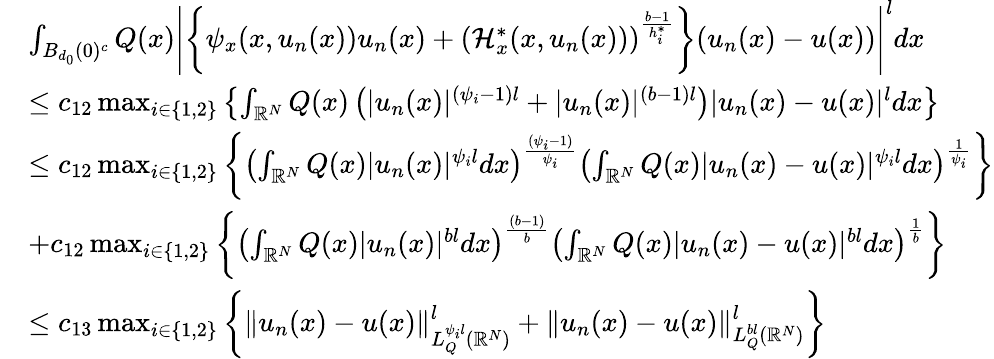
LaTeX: \begin{array}{rl}&{\int_{B_{d_{0}}(0)^{c}}Q(x)\left|\left\lbrace\psi_{x}(x,u_{n}(x))u_{n}(x)+(\mathcal{H}_{x}^{*}(x,u_{n}(x)))^{\frac{b-1}{h_{i}^{*}}}\right\rbrace(u_{n}(x)-u(x))\right|^{l}dx}\\ &{\leq c_{12}\operatorname*{max}_{i\in\{ 1,2\} }\left\lbrace\int_{{\mathbb R}^{N}}Q(x)\left(|u_{n}(x)|^{(\psi_{i}-1)l}+|u_{n}(x)|^{(b-1)l}\right)|u_{n}(x)-u(x)|^{l}dx\right\rbrace}\\ &{\leq c_{12}\operatorname*{max}_{i\in\{ 1,2\} }\left\lbrace\left(\int_{{\mathbb R}^{N}}Q(x)|u_{n}(x)|^{\psi_{i}l}dx\right)^{\frac{(\psi_{i}-1)}{\psi_{i}}}\left(\int_{{\mathbb R}^{N}}Q(x)|u_{n}(x)-u(x)|^{\psi_{i}l}dx\right)^{\frac{1}{\psi_{i}}}\right\rbrace}\\ &{+c_{12}\operatorname*{max}_{i\in\{ 1,2\} }\left\lbrace\left(\int_{{\mathbb R}^{N}}Q(x)|u_{n}(x)|^{bl}dx\right)^{\frac{(b-1)}{b}}\left(\int_{{\mathbb R}^{N}}Q(x)|u_{n}(x)-u(x)|^{bl}dx\right)^{\frac{1}{b}}\right\rbrace}\\ &{\leq c_{13}\operatorname*{max}_{i\in\{ 1,2\} }\left\lbrace\| u_{n}(x)-u(x)\| _{L_{Q}^{\psi_{i}l}({\mathbb R}^{N})}^{l}+\| u_{n}(x)-u(x)\| _{L_{Q}^{bl}({\mathbb R}^{N})}^{l}\right\rbrace}\end{array}